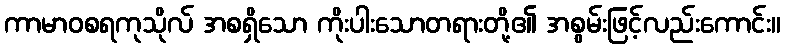
ကာမာဝစရကုသိုလ် အစရှိသော ကိုးပါးသောတရားတို့၏ အစွမ်းဖြင့်လည်းကောင်း။